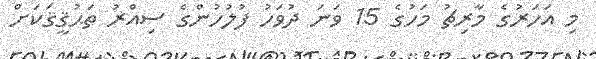
މި އަހަރުގެ މާރިޗު މަހުގެ 15 ވަނަ ދުވަހު ފުލުހުންގެ ސިއްރު ތަޙުޤީޤަކަށް